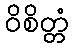
ဝိစိတ္တံ